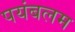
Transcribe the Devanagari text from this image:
पयंबलम